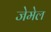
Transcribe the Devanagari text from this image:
जेमेल